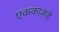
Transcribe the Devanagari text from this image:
एककाकडे